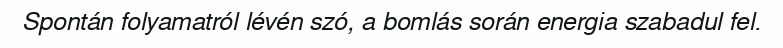
Spontán folyamatról lévén szó, a bomlás során energia szabadul fel.